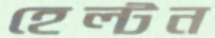
হেল্টন